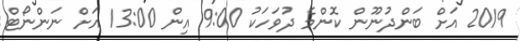
2019 އަށް ބަންދުނޫން ކޮންމެ ދުވަހަކު 9:00 އިން 13:00 އަށް ނަންނޯޓް